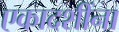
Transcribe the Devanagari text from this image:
एकादशींना